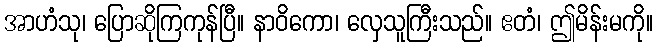
အာဟံသု၊ ပြောဆိုကြကုန်ပြီ။ နာဝိကော၊ လှေသူကြီးသည်။ ဧတံ၊ ဤမိန်းမကို။